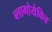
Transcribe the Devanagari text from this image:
ब्लागोयेविच